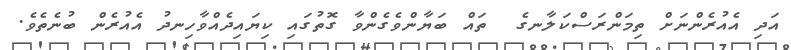
އަދި އެއުރެންނަށް ތިމަންރަސްކަލާނގެ  ތައް ބަޔާންވެގެންވާ ގޮތުގައި ކިޔައިދެއްވާހިނދު އެއުރެން ބުނެތެވެ.